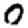
Digit: 0